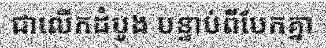
ជាលើកដំបូង បន្ទាប់ពីបែកគ្នា